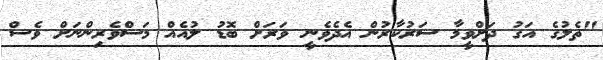
"ތެލުގެ އަގު ދަށްވީމާ ސަރުކާރުން އެދެވެނީ ވަރަށް ބޮޑު ލުއެއް މަސްވެރިންނަށް ވެސް